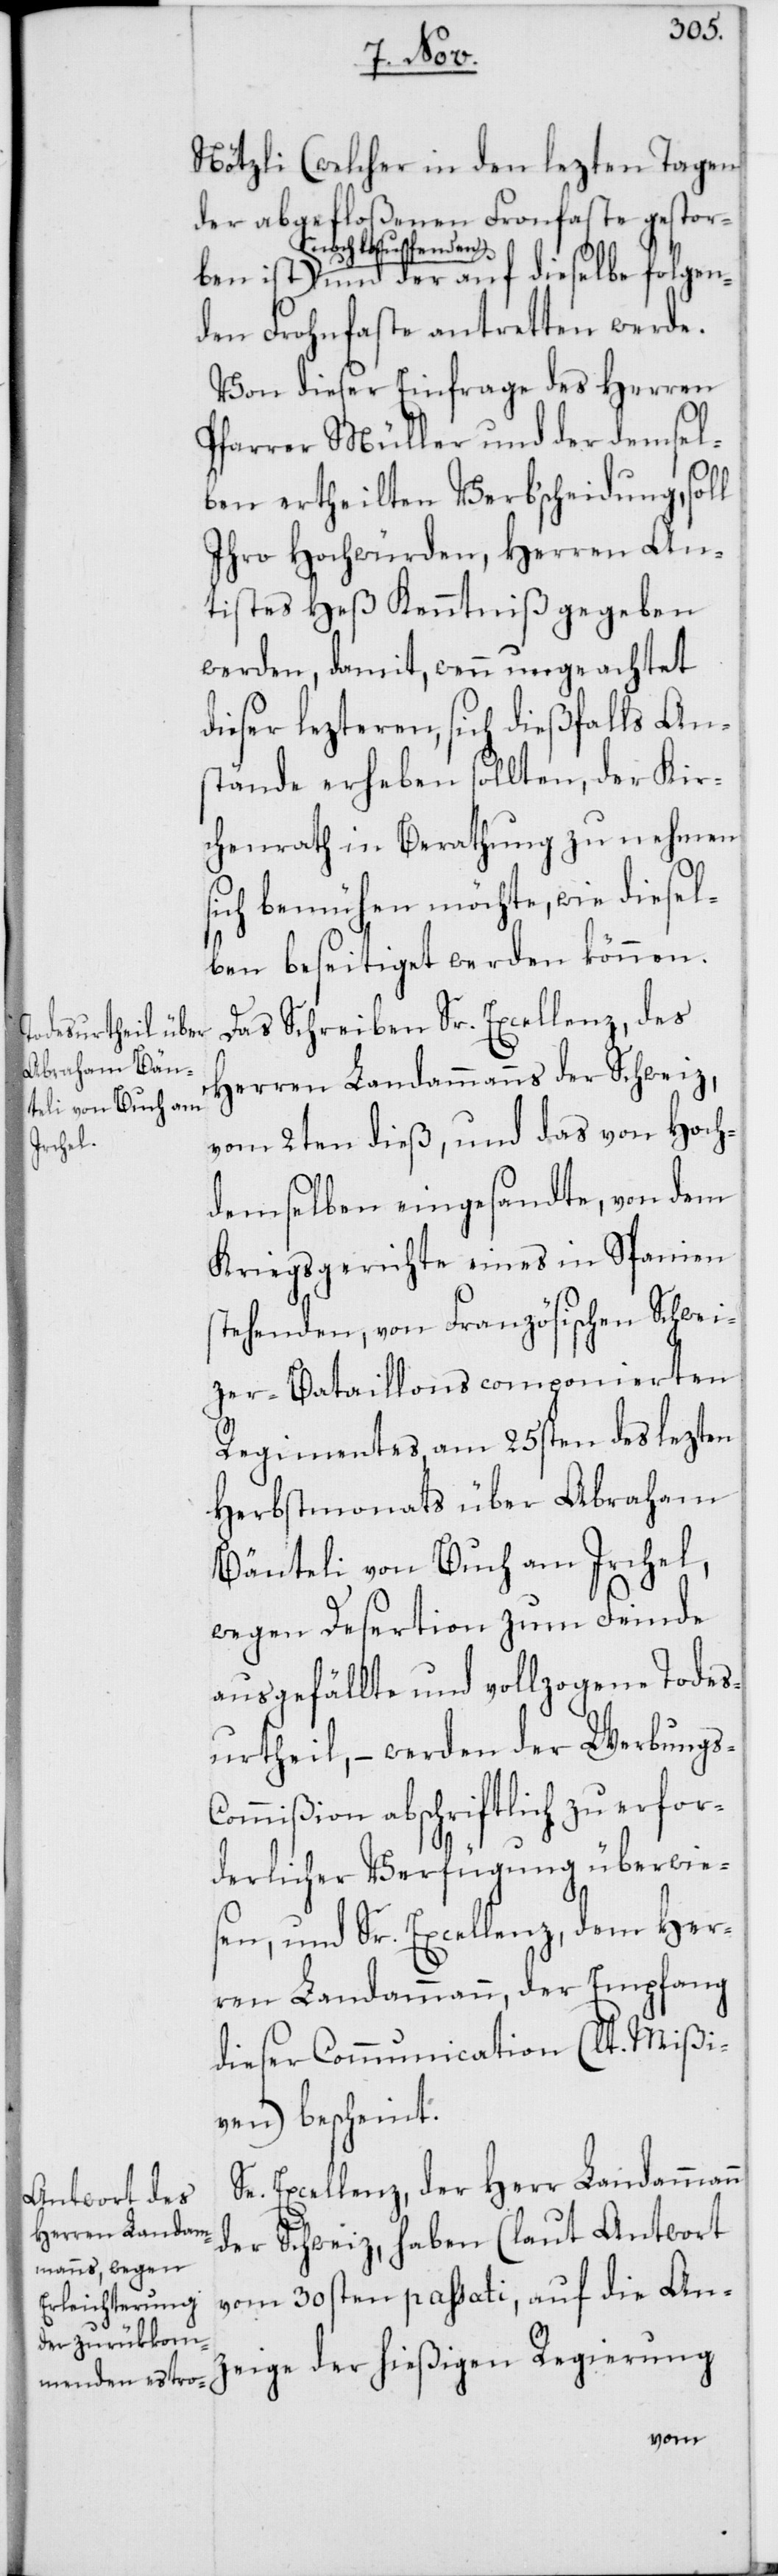
s¬
Nötzli (welcher in den lezten Tagen
der abgefloßenen Fronfaste gestorben
a-noch laufen¬
den-a und der auf dieselbe folgen¬
den Frohnfaste antretten werde.
Von dieser Einfrage des Herren
Pfarrer Müller und der demsel¬
ben ertheilten Verbscheidung, soll
Ihro Hochwürden, Herren An¬
tistes Heß Kenntniß gegeben
werden, damit, wenn ungeachtet
dieser lezteren, sich dießfalls An¬
stände erheben sollten, der Kir¬
chenrath in Berathung zu nehmen
ich bemühen möchte, wie diesel¬
ben beseitiget werden können.
Das Schreiben Sr. Excellenz, des
Herren Landammanns der Schweiz,
vom 2ten dieß, und das von Hoch¬
demselben eingesandte, von dem
Kriegsgerichte eines in Spanien
stehenden, von Französischen Schwei¬
zer-Bataillons componierten
Regimentes, am 25sten des lezten
Herbstmonats über Abraham
Bänteli von Buch am Irchel,
wegen Desertion zum Feinde
ausgefällte und vollzogene Todes¬
urtheil, – werden der Werbungs-C¬
ommißion abschriftlich zu erfor¬
derlicher Verfügung überwies¬
en, und Sr. Excellenz, dem Her¬
ren Landammann, der Empfang
dieser Communication (lt. Mißi¬
ven) bescheint.
Se. Excellenz, der Herr Landammann
der Schweiz, haben (laut Antwort
vom 30sten passati, auf die An¬
zeige der hießigen Regierung